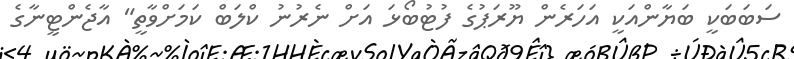
ސަބަބަކީ ބަޔާންއަކީ އަހަރެން ޔޫރަޕުގެ ފުޓުބޯޅަ އަށް ނެރުނު ކްލަބް ކަމަށްވާތީ" އާޖެންޓީނާގެ